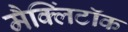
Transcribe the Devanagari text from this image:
मैक्लिंटॉक